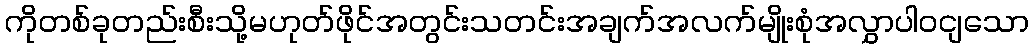
ကိုတစ်ခုတည်းစီးသို့မဟုတ်ဖိုင်အတွင်းသတင်းအချက်အလက်မျိုးစုံအလွှာပါဝငျသော